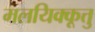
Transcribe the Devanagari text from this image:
मलयिक्कूत्तु